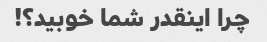
چرا اینقدر شما خوبید؟!